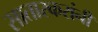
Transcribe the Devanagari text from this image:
सातारकरांनी